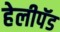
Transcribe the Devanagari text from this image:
हेलीपॅड